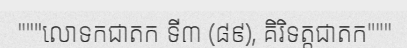
"""លោទកជាតក ទី៣ (៨៩), គិរិទត្តជាតក"""